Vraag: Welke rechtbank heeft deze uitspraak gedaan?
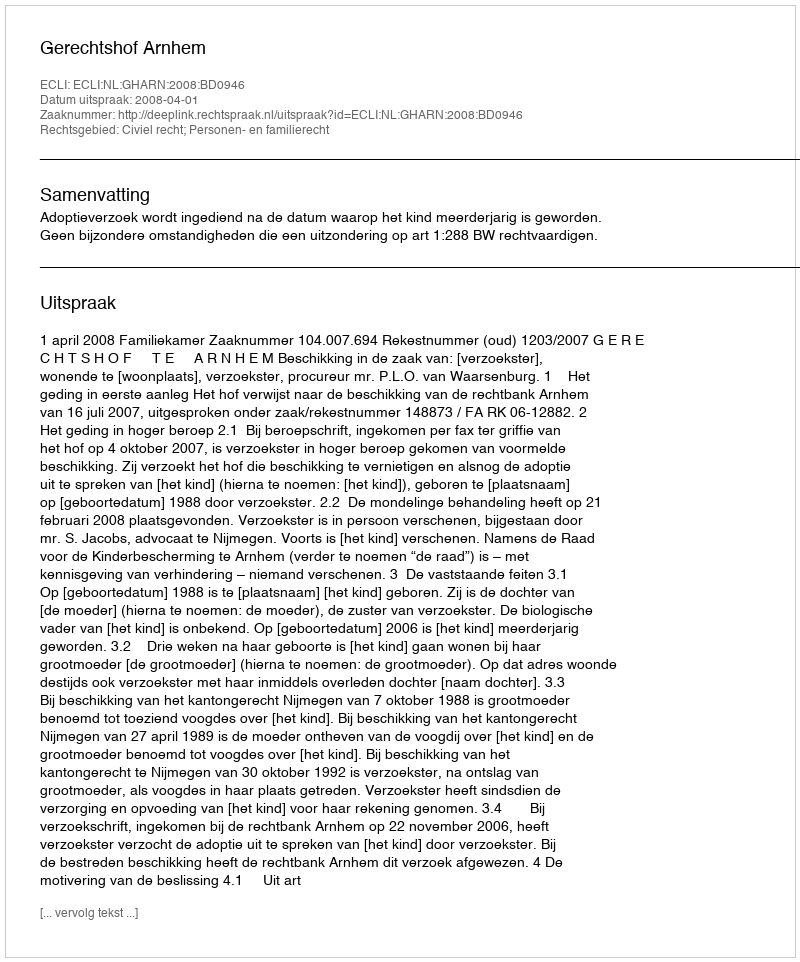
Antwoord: Gerechtshof Arnhem